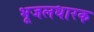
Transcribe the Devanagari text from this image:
भूजलधारक